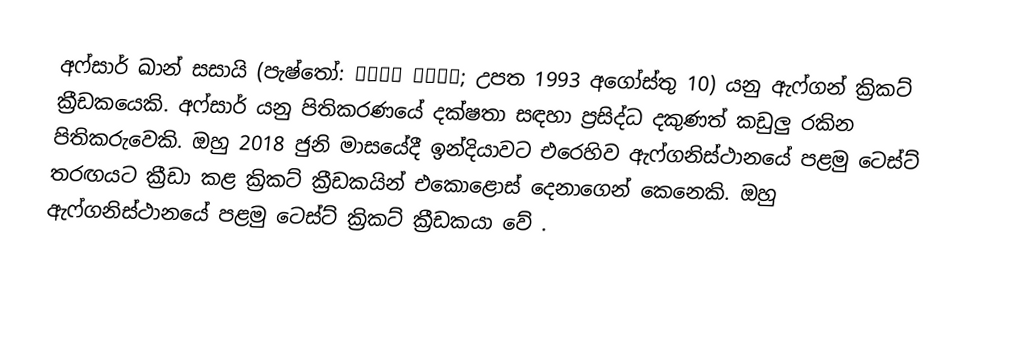
අෆ්සාර් ඛාන් සසායි (පැෂ්තෝ: افسر ځاځی; උපත 1993 අගෝස්තු 10) යනු ඇෆ්ගන් ක්‍රිකට් ක්‍රීඩකයෙකි. අෆ්සාර් යනු පිතිකරණයේ දක්ෂතා සඳහා ප්‍රසිද්ධ දකුණත් කඩුලු රකින පිතිකරුවෙකි. ඔහු 2018 ජුනි මාසයේදී ඉන්දියාවට එරෙහිව ඇෆ්ගනිස්ථානයේ පළමු ටෙස්ට් තරඟයට ක්‍රීඩා කළ ක්‍රිකට් ක්‍රීඩකයින් එකොළොස් දෙනාගෙන් කෙනෙකි. ඔහු ඇෆ්ගනිස්ථානයේ පළමු ටෙස්ට් ක්‍රිකට් ක්‍රීඩකයා වේ .